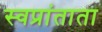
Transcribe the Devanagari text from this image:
स्वप्रांताता